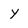
Character: y